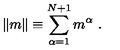
\| m \| \equiv \sum _ { \alpha = 1 } ^ { N + 1 } m ^ { \alpha } \ .